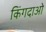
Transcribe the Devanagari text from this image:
किंगदाओ